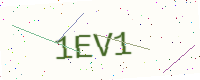
Text: 1EV1